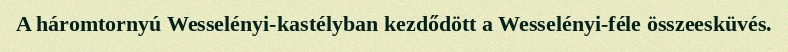
A háromtornyú Wesselényi-kastélyban kezdődött a Wesselényi-féle összeesküvés.